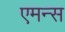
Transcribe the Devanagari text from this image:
एमन्स